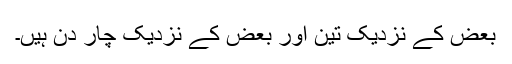
بعض کے نزدیک تین اور بعض کے نزدیک چار دن ہیں۔